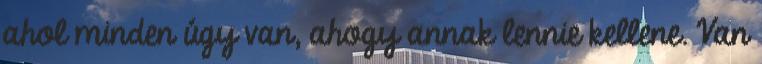
ahol minden úgy van, ahogy annak lennie kellene. Van